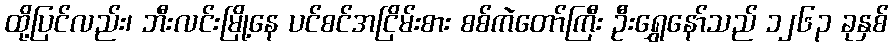
ထို့ပြင်လည်း၊ ဘီးလင်းမြို့နေ ပင်စင်အငြိမ်းစား စစ်ကဲတော်ကြီး ဦးရွှေနော်သည် ၁၂၆၃ ခုနှစ်